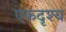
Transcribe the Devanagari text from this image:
एकदृश्य